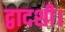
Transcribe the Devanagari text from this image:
द्वादशी।